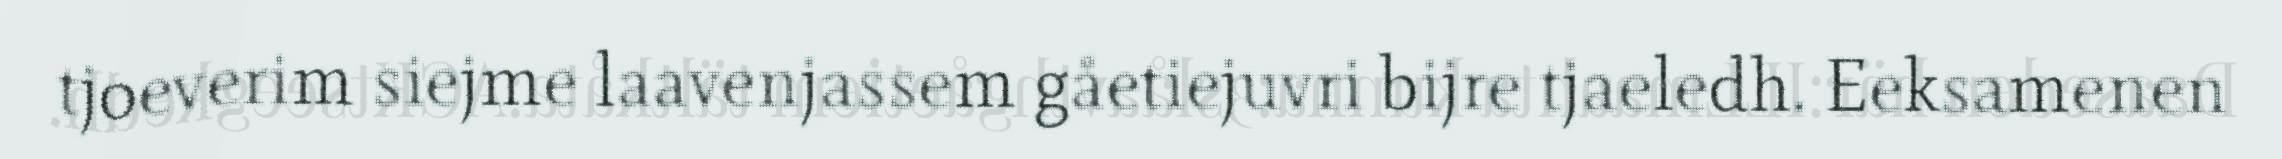
tjoeverim siejme laavenjassem gåetiejuvri bijre tjaeledh. Eeksamenen